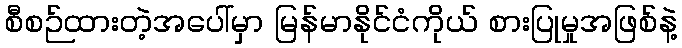
စီစဉ်ထားတဲ့အပေါ်မှာ မြန်မာနိုင်ငံကိုယ် စားပြုမှုအဖြစ်နဲ့